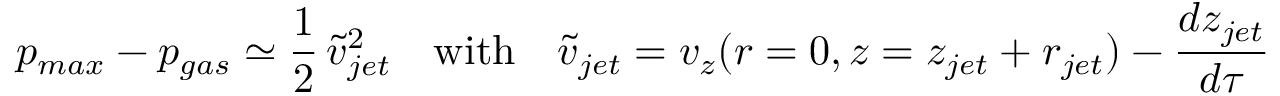
p _ { m a x } - p _ { g a s } \simeq \frac { 1 } { 2 } \, \tilde { v } _ { j e t } ^ { 2 } \quad \mathrm { w i t h } \quad \tilde { v } _ { j e t } = v _ { z } ( r = 0 , z = z _ { j e t } + r _ { j e t } ) - \frac { d z _ { j e t } } { d \tau } \,